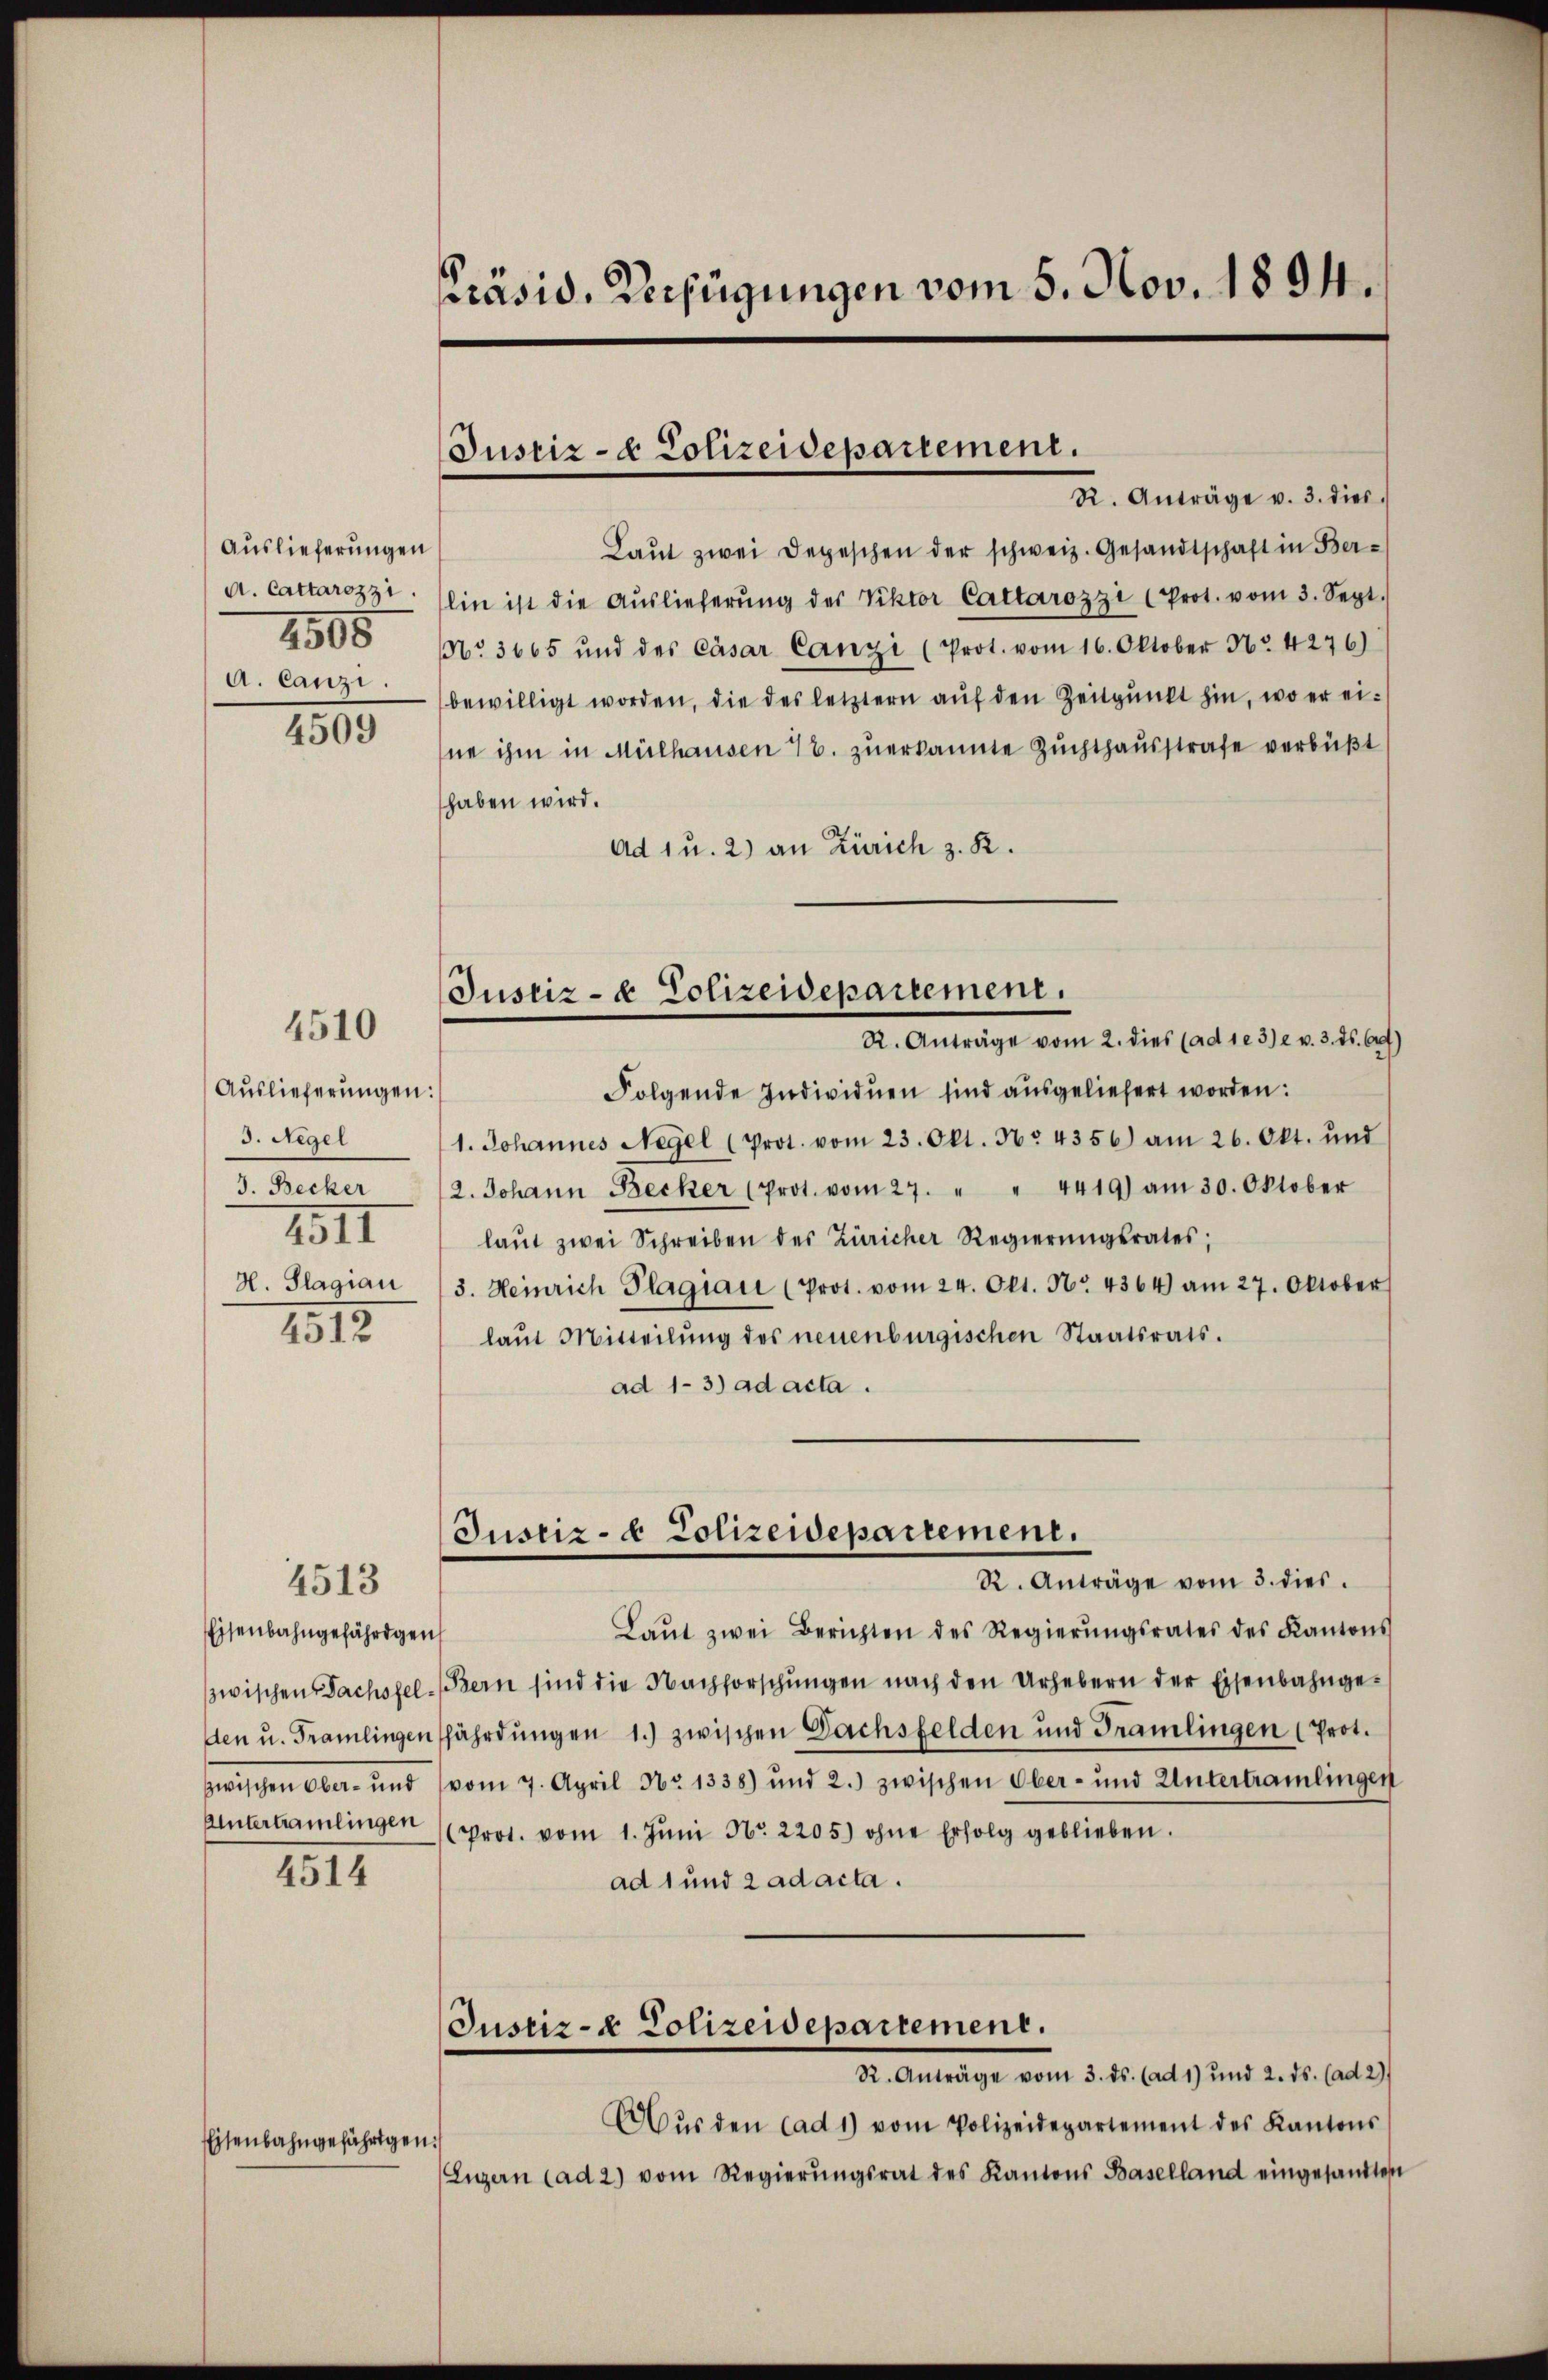
Auslieferungen

R. Anträge v. 3. dies
Laŭt zwei Depeschen der schweiz. Gesandtschaft in Ber¬
A. Cattares3t. (ein ist die Aŭslieferŭng des Viktor Cattározzi (Prot. vom 3. Sept.
05 No 3665 und des Cäsar Canzi (Prot. vom 16. Oktober Nr. 4276)
a. Canz bewilligt worden, die des letztern aŭf den Zeitpunkt hin, wo er ei-
ne ihm in Mülhausen 4. zuerkannte Zuchthausstrafe verbüßt
haben wird.
Ad 1 u. 2) an Zürich z. R.
Folgende Individuen sind ausgeliefert worden:
1. Johannes Negel (Prot. vom 23. Okt. No. 4356) am 26. Okt. und
3. Becker 12. Johann Becker (Prot. vom 27. " " 4419) am 30. Oktober
4511 laŭt zwei Schreiben des Züricher Regierŭngsrates;
H. Plagian (3. Heinrich Plagiari (Prot. vom 24. Okt. No. 4364) am 27. Oktober
1312.
laut Mitteilŭng des neuenburgischen Staatsrats.
ad 1-3) ad acta.
Justiz- & Polizeidepartement.
R. Anträge vom 3. dies
4513
Laŭt zwei Berichten des Regierŭngsrates des Kantons
Eisenbahngefährigen
zwischen Dachsfel-Bern sind die Nachforschŭngen nach den Urhebern der Eisenbahnge-
den u. Framlingensfährdungen 1.) zwischen Dachsfelden und Tramlingen (Prot.
 vom 7. April No 1338) und 2.) zwischen Ober- und Untertramlingen
Untertramlingen (Prot. vom 1. Jŭni Nr. 2205) ohne Erfolg geblieben.
4514
ad 1 und 2 ad acta.
Justiz- & Polizeidepartement.
R. Anträge vom 3. ds. (ad 1) und 2. ds. (ad 2)
Aŭs den ad 1) vom Polizeidepartement des Kantons
Eisenbahngefährigen.
Luzern (ad 2) vom Regierŭngsrat des Kantons Baselland eingesandten

4509

4510

Auslieferungen:
3. Regel

Präsid. Verfügungen vom 5. Nov. 1894.

Justiz- & Polizeidepartement.

Justiz- & Polizeidepartement.
R. Anträge vom 2. dies (ad 1. 3) e v. 3. ds. 6)